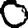
Digit: 0